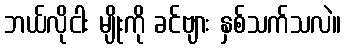
ဘယ်လိုငါး မျိုးကို ခင်ဗျား နှစ်သက်သလဲ။